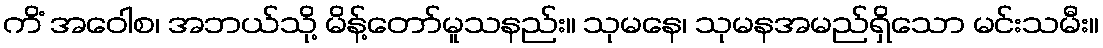
ကိံ အဝေါစ၊ အဘယ်သို့ မိန့်တော်မူသနည်း။ သုမနေ၊ သုမနအမည်ရှိသော မင်းသမီး။